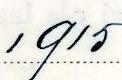
1915